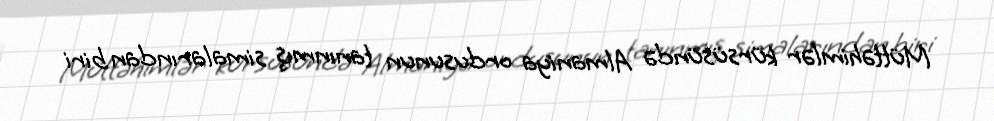
Müttəhimlər kürsüsündə Almaniya ordusunun tanınmış simalarından biri